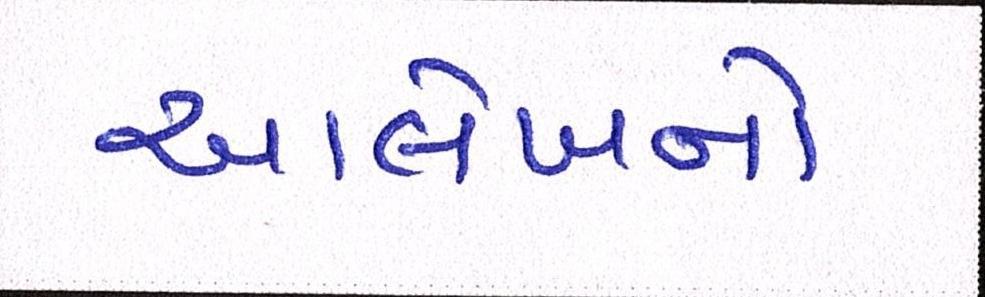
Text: આલેખનો